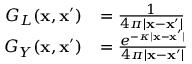
\begin{array} { r l } { G _ { L } ( \mathbf { x } , \mathbf { x } ^ { \prime } ) } & { = \frac { 1 } { 4 \pi | \mathbf { x } - \mathbf { x } ^ { \prime } | } } \\ { G _ { Y } ( \mathbf { x } , \mathbf { x } ^ { \prime } ) } & { = \frac { e ^ { - \kappa | \mathbf { x } - \mathbf { x } ^ { \prime } | } } { 4 \pi | \mathbf { x } - \mathbf { x } ^ { \prime } | } } \end{array}